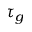
\tau _ { g }